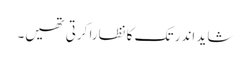
شاید اندر تک کا نظارا کرتی تھیں۔